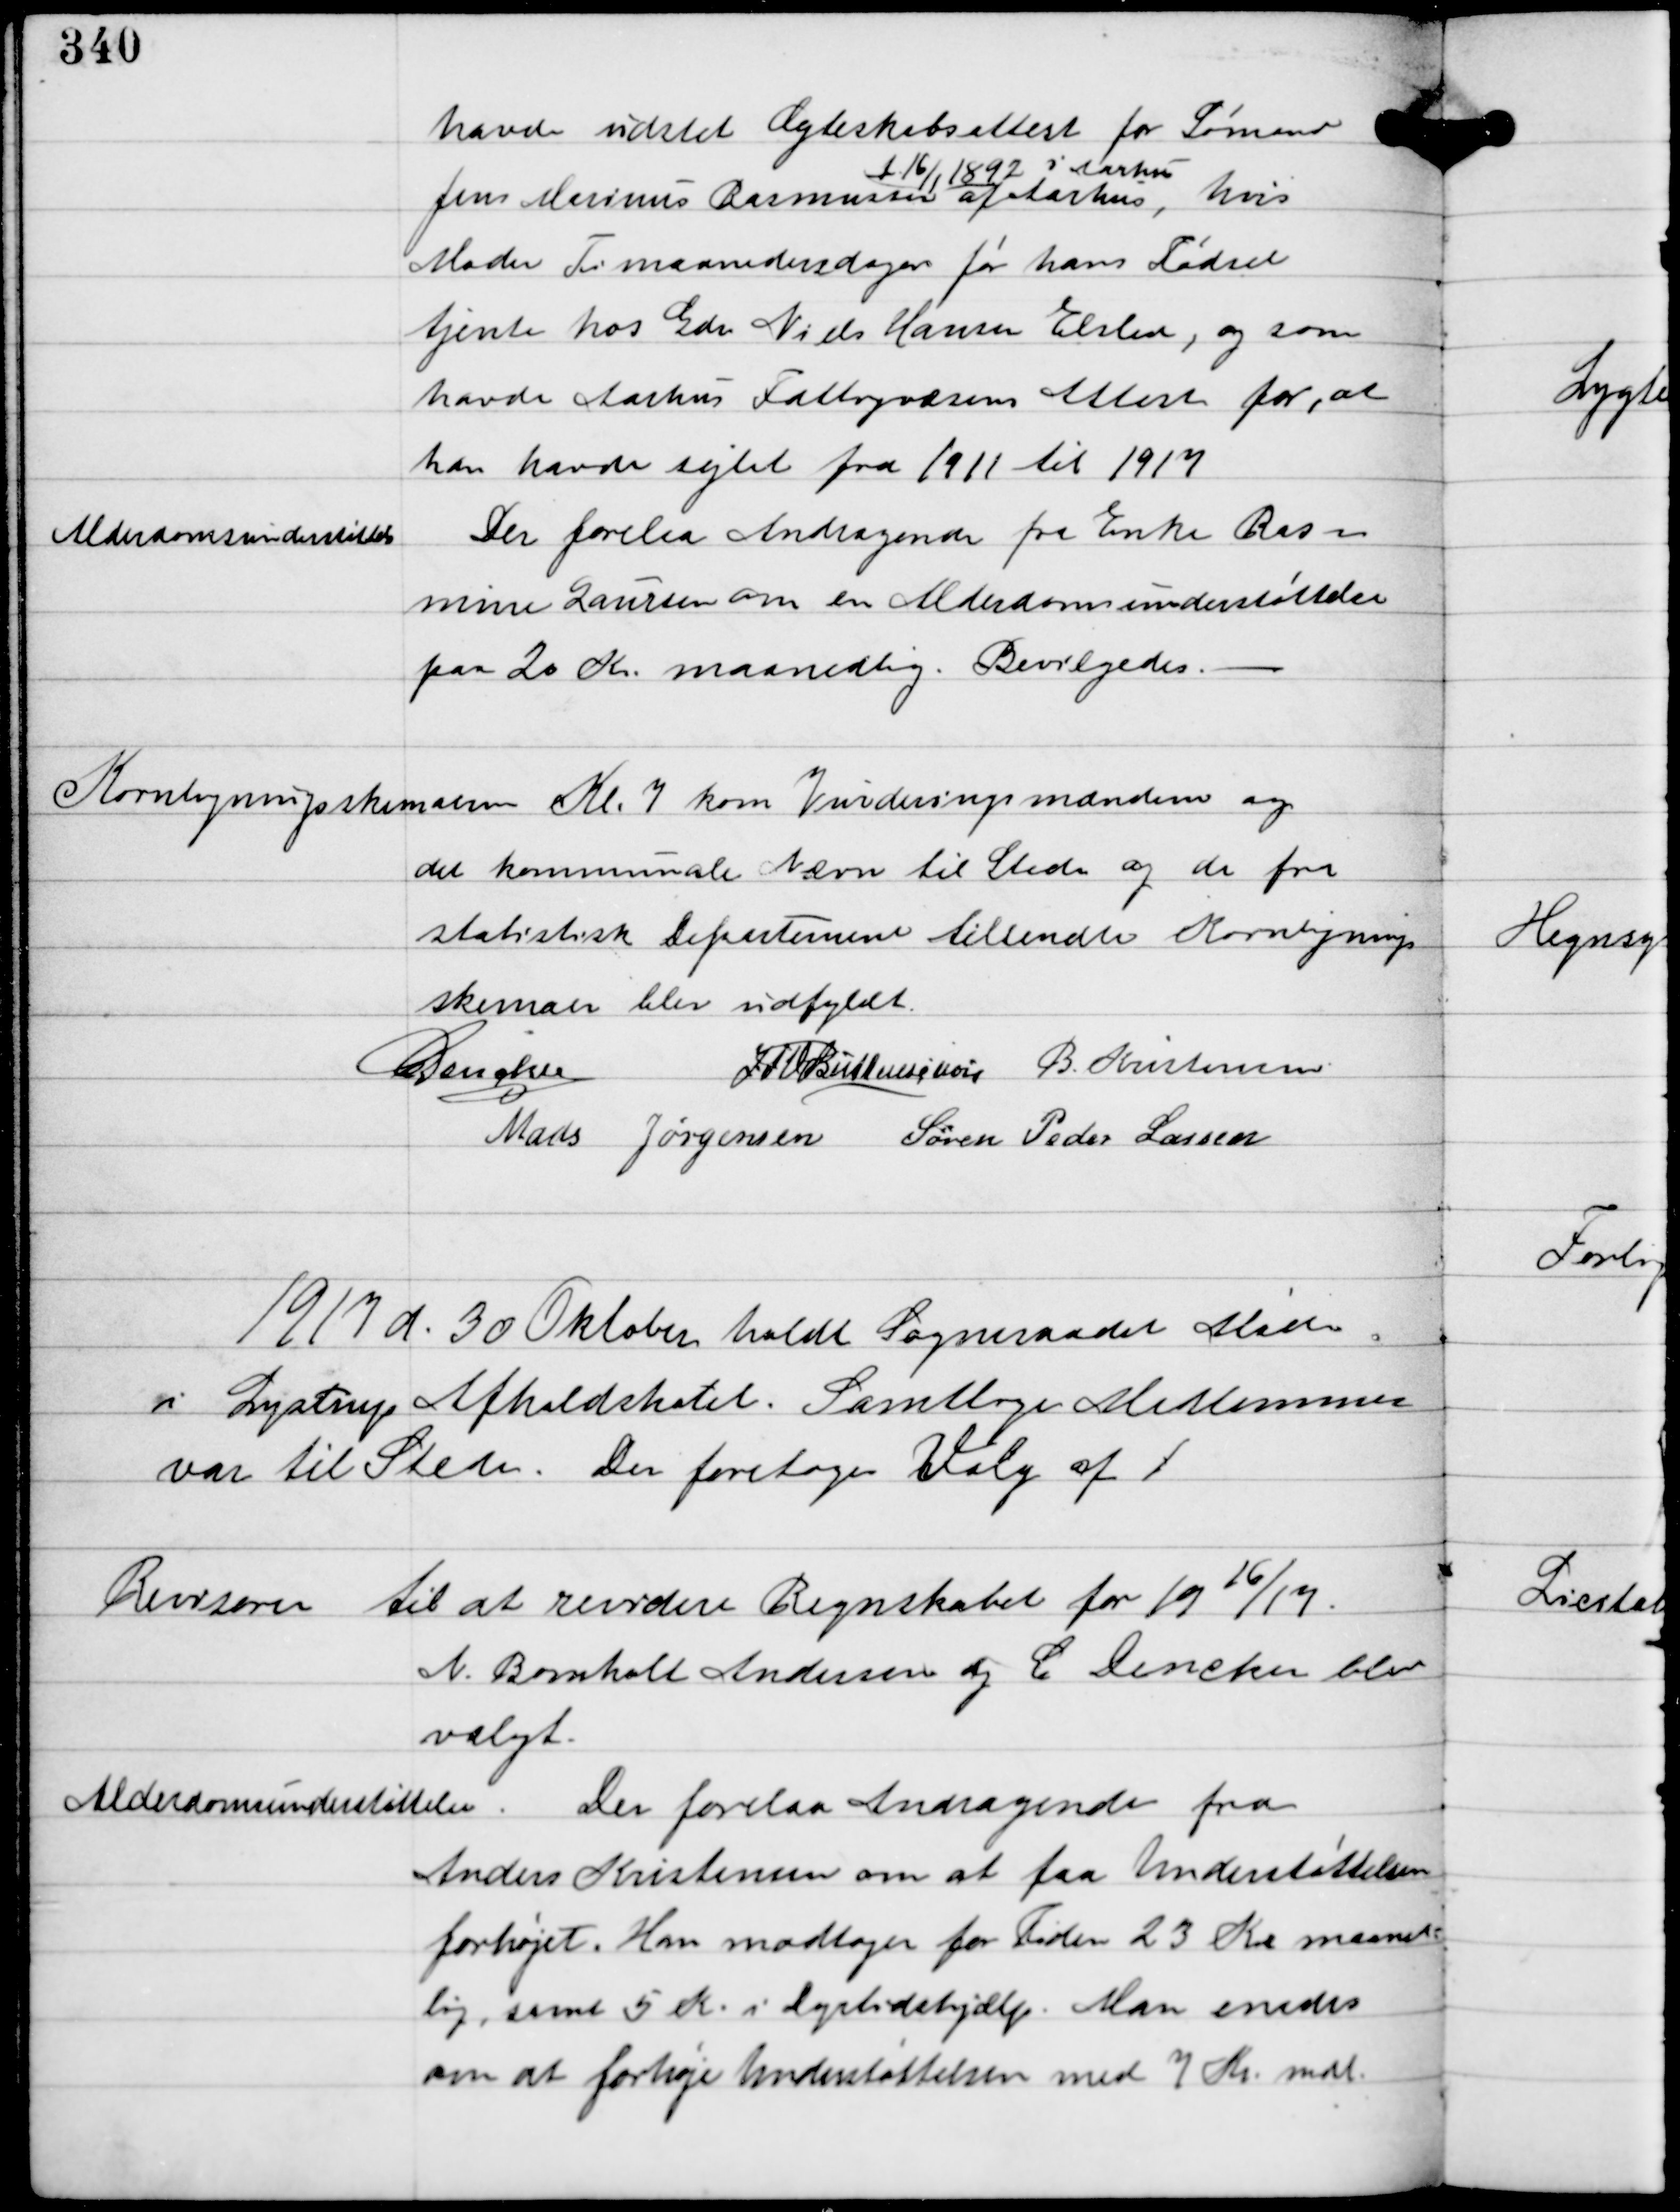
Transskription:
havde udstedt Ægteskabsattest for Sømand
Jens Marinus Rasmussen
f. 16/1 1892 i Aarhus
af Aarhus, hvis
Moder Timaanedersdagen før hans Fødsel
tjente hos Gdr. Niels Hansen Elsted, og som
havde Aarhus Fattigvæsens Attest for, at 
han havde sejlet fra 1911 til 1917

Alderdomsunderstøttelse

Der forelaa Andragende fra Enke Ras-
mine Laursen om en Alderdomsunderstøttelse
paa 20 Kr. maanedlig. Bevilgedes. -

Kornligningsskemaerne
Kl. 7 kom Vurderingsmanden og 
det kommunale Nævn til Stede og de fra 
statistisk Departement tilsendte Kornlignings
skemaer blev udfyldt.

C Dencker IFV Buttenschøn B Kristensen
Mads Jørgensen Søren Peder Lassen

1917 d. 30 Oktober holdt Sogneraadet Møde
i Lystrup Afholdshotel. Samtlige Medlemmer
var til Stede. Der foretoges Valg af 1

Revisorer til at revidere Regnskabet for 19 16/17
N. Bomholt Andersen og C. Dencker blev
valgt.

Alderdomsunderstøttelse.

Der forelaa Andragende fra
Anders Kristensen om at faa Understøttelsen
forhøjet. Han modtager for Tiden 23 Kr. maaned-
lig samt 5 Kr. i Dyrtidshjælp. Man enedes
om at forhøje Understøttelsen med 7 Kr. mdl.